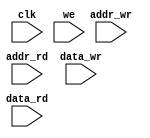
module ram_dp_async_read

	#(parameter WIDTH = 8,
		parameter DEPTH = 16,
		parameter DEPTH_LOG = $clog2(DEPTH))
		
	(	input clk,
		input we,
		input [DEPTH_LOG-1 : 0] addr_wr,
		input [DEPTH_LOG-1:0] addr_rd,
		input [WIDTH-1:0] data_wr,
		input [WIDTH-1:0] data_rd
	);
	
	reg [WIDTH-1:0] ram [0:DEPTH-1];
	
	always @(posedge clk) begin
	 if(we)
		ram[addr_wr] <= data_wr;
	end
	
	assign data_rd = ram[addr_rd];
	
endmodule